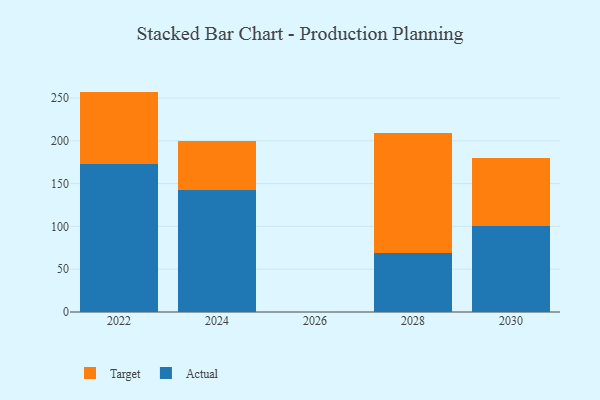
{"axis": {"x": "Year", "y": "Net Income (USD K)"}, "legend": ["Actual", "Target"], "data": [{"x": "2028", "y": 69.0, "type": "Actual"}, {"x": "2028", "y": 140.3, "type": "Target"}, {"x": "2024", "y": 143.0, "type": "Actual"}, {"x": "2024", "y": 56.3, "type": "Target"}, {"x": "2022", "y": 173.3, "type": "Actual"}, {"x": "2022", "y": 84.2, "type": "Target"}, {"x": "2030", "y": 100.5, "type": "Actual"}, {"x": "2030", "y": 79.8, "type": "Target"}]}